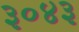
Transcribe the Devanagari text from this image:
३०४३